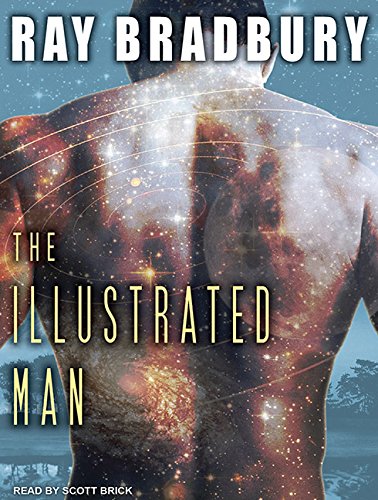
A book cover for The Illustrated Man; Ray Bradbury; Science Fiction & Fantasy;